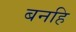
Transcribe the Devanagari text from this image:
बनहि